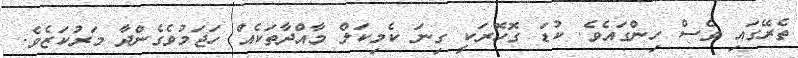
ތެރޭގައި ވެސް ހިންގައެވެ. ކުޑަ ގޮހޮރަކީ ގިނަ ކެމިކަލް މާއްދާތަކެއް ހަޖަމުވެގެންދާ މަރުކަޒެވެ.